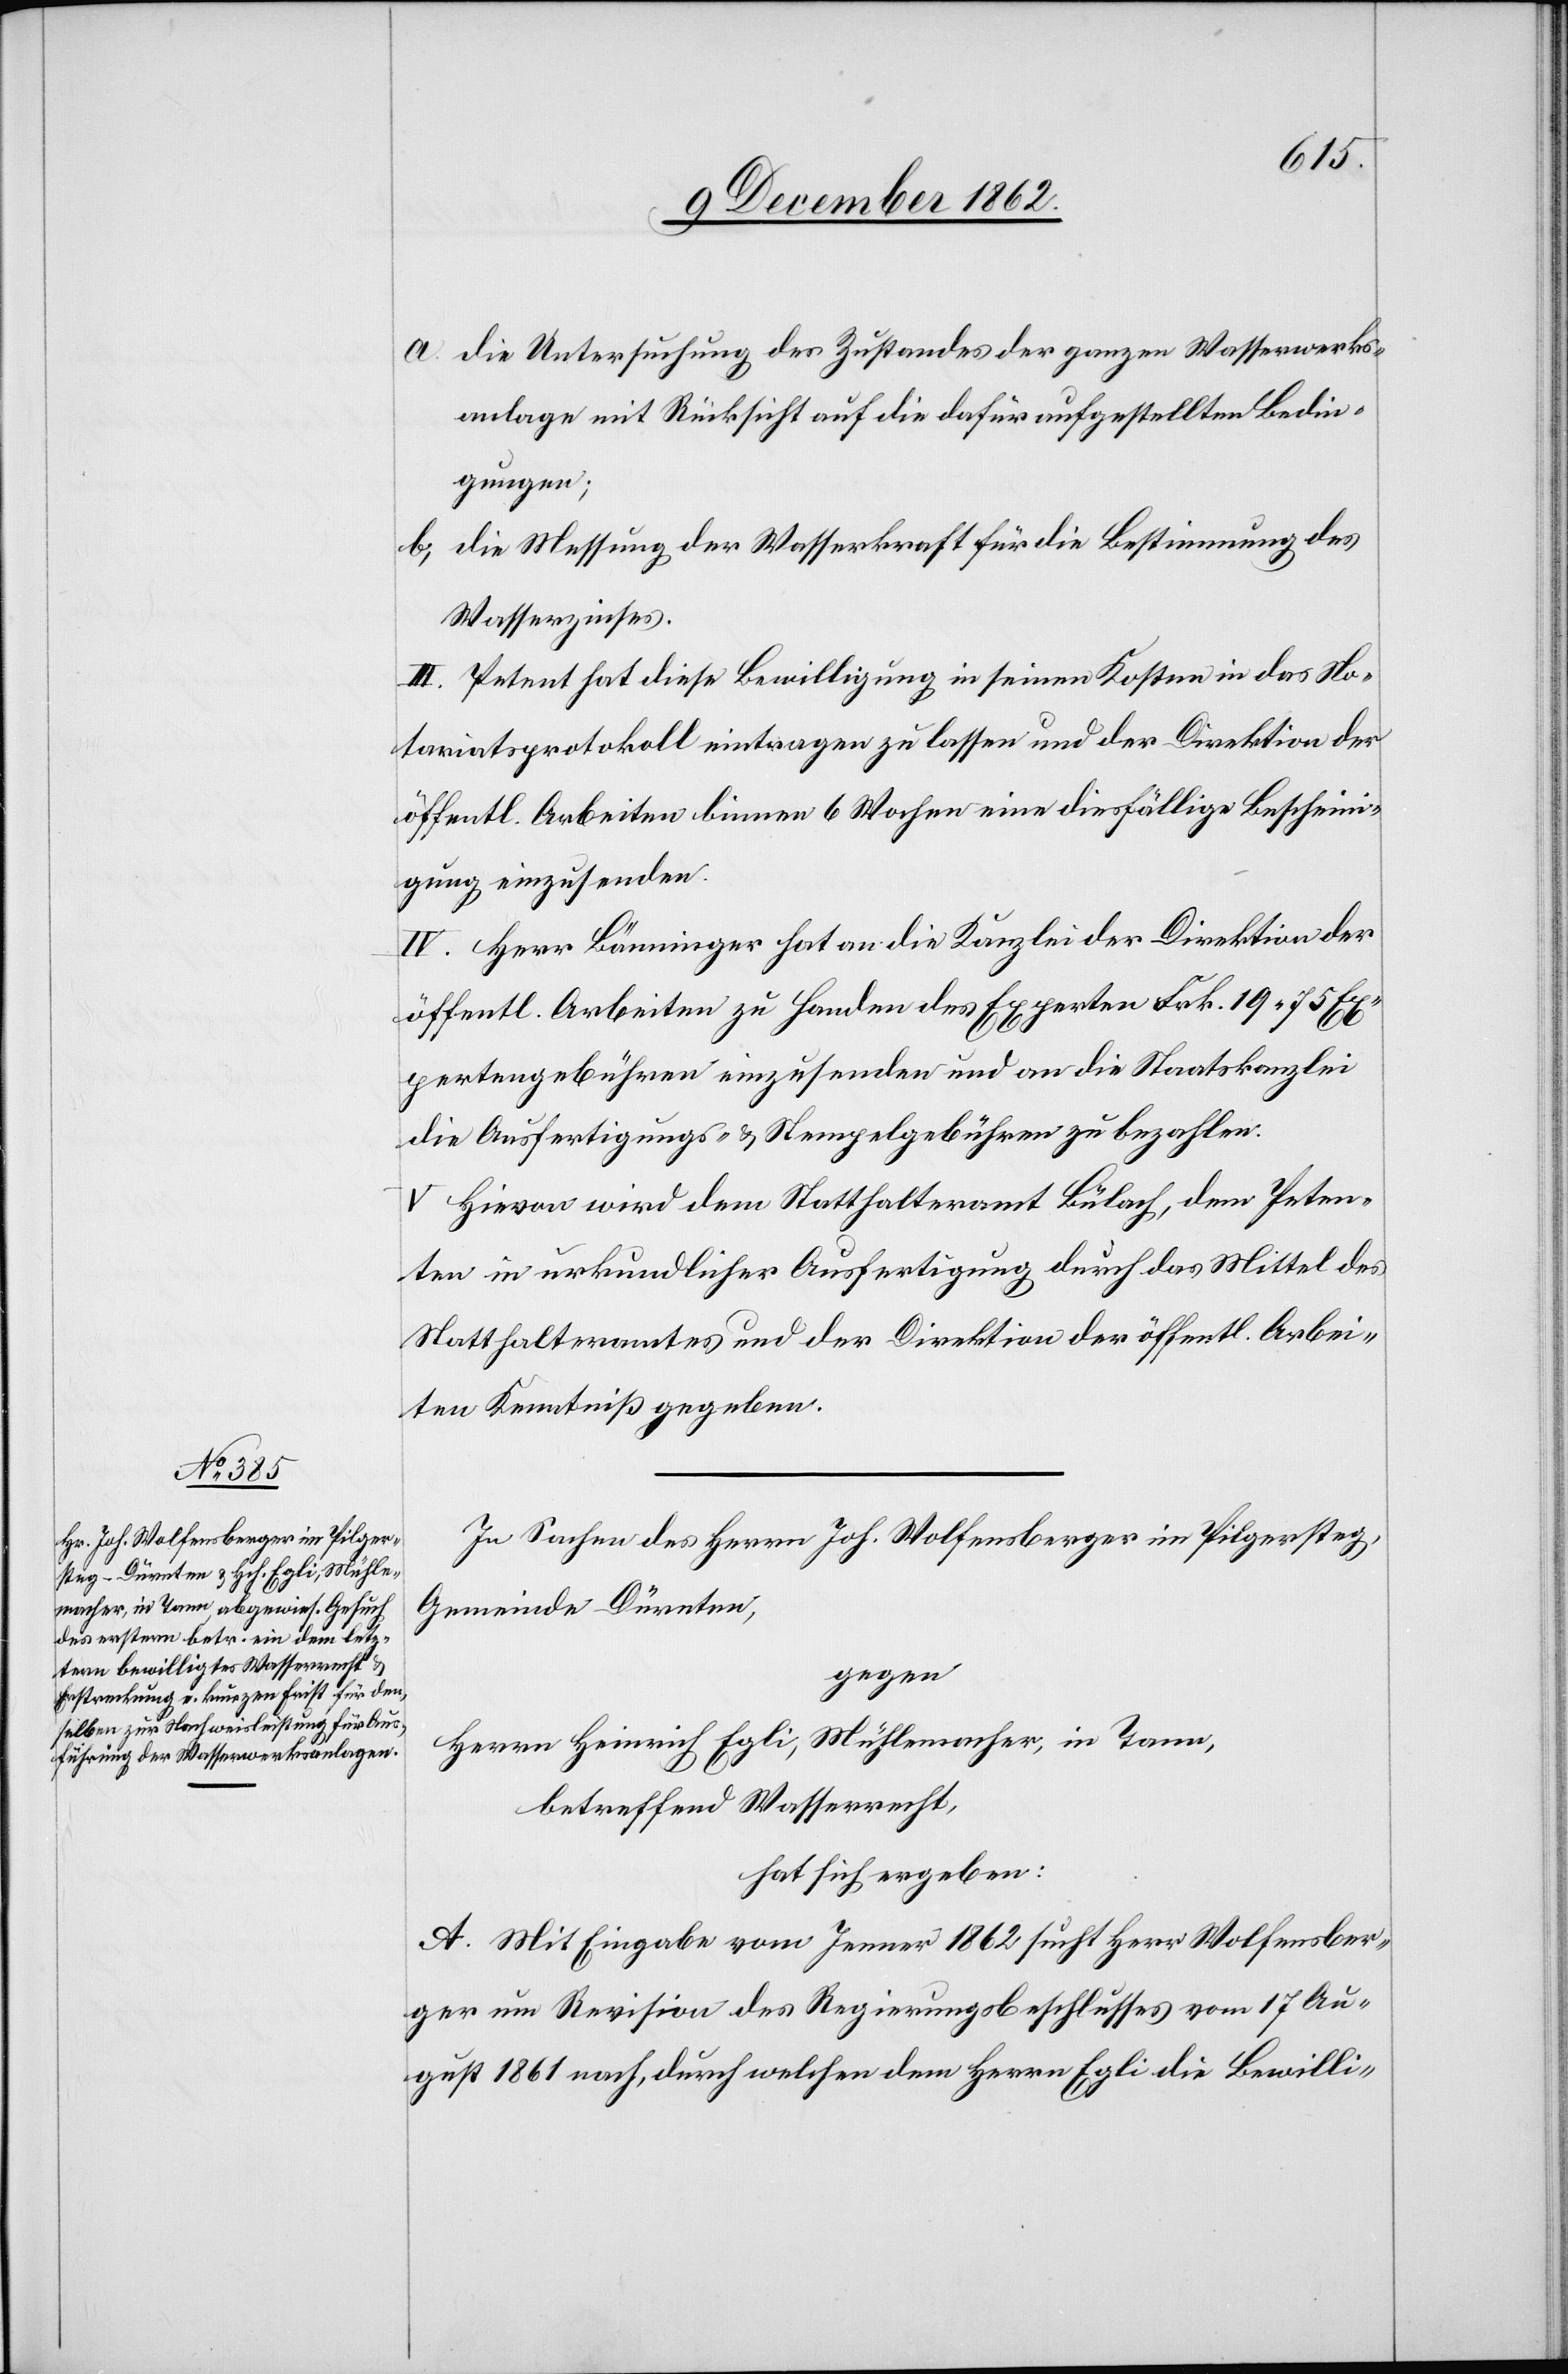
des Joh. Wolfensberger im Pilger¬

steg,
a. die Untersuchung des Zustandes der ganzen Wasserwerks¬
anlage mit Rücksicht auf die dafür aufgestellten Bedin¬
gungen;
b. die Messung der Wasserkraft für die Bestimmung des
Wasserzinses.
III. Petent hat diese Bewilligung in seinen Kosten in das No¬
tariatsprotokoll eintragen zu lassen und der Direktion der
öffentl. Arbeiten binnen 6 Wochen eine diesfällige Bescheini¬
gung einzusenden.
IV. Herr Bänninger hat an die Kanzlei der Direktion der
öffentl. Arbeiten zu Handen des Experten Frk. 19 75 Ex¬
pertengebühren einzusenden und an die Staatskanzle¬
i Ausfertigungs- u. Stempelgebühren zu bezahlen.
V. Hievon wird dem Statthalteramt Bülach, dem Peten¬
ten in urkundlicher Ausfertigung durch das Mittel des
Statthalteramtes und der Direktion der öffentl. Arbei¬
ten Kenntniß gegeben.
Gemeinde Dürnten,
gegen
Herrn Heinrich Egli, Mühlemacher, in Tann,
betreffend Wasserrecht,
hat sich ergeben:
A. Mit Eingabe vom Jenner 1862 sucht Herr Wolfensber¬
ger um Revision des Regierungsbeschlusses vom 17. Au¬
gust 1861 nach, durch welchen dem Herrn Egli die Bewilli-